Triennial report on the lunatic asylums in the province of Eastern Bengal and Assam - 1903-1911
Year: 1903
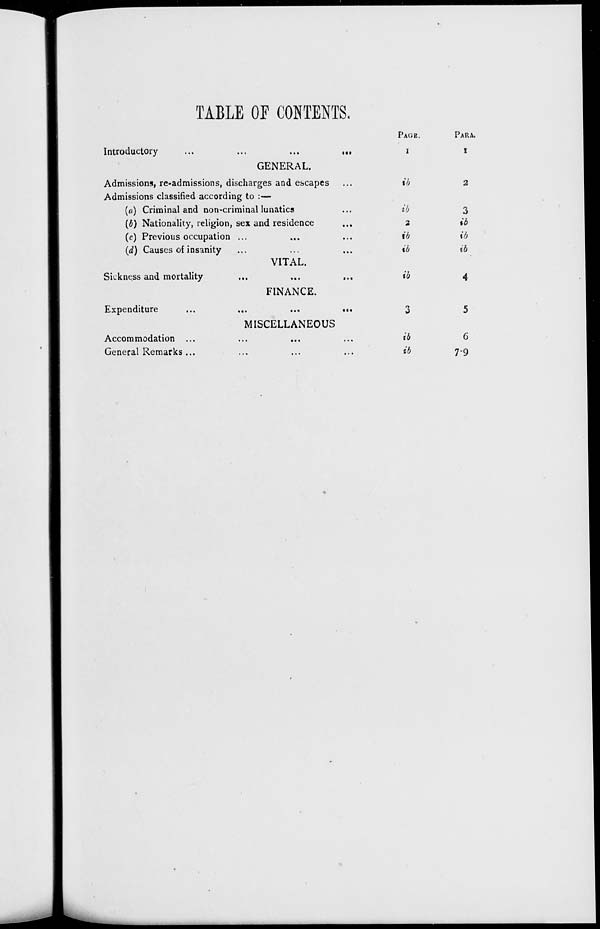
TABLE OF CONTENTS.
Introductory
...
...
...
...
PAGE.
1
PARA.
1
GENERAL.
Admissions, re-admissions, discharges and escapes ...
ib
2
Admissions classified according to :—
(a) Criminal and non-criminal lunatics ...
(b) Nationality, religion, sex and residence ...
(c) Previous occupation ... ... ...
(d) Causes of insanity ... ... ...
ib
2
ib
ib
3
ib
ib
ib
VITAL.
Sickness and mortality ... ... ...
ib
4
FINANCE.
Expenditure
...
...
...
...
3
5
MISCELLANEOUS
Accommodation ... ... ... ...
General Remarks ... ... ... ...
ib
ib
6
7-9